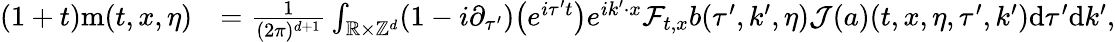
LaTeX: \begin{array}{rl}{(1+t)\mathrm{m}(t,x,\eta)}&{=\frac{1}{(2\pi)^{d+1}}\int_{\mathbb R\times\mathbb Z^{d}}(1-i\partial_{\tau^{\prime}})\big(e^{i\tau^{\prime}t}\big)e^{ik^{\prime}\cdot x}\mathcal{F}_{t,x}b(\tau^{\prime},k^{\prime},\eta)\mathcal{J}(a)(t,x,\eta,\tau^{\prime},k^{\prime})\mathrm{d}\tau^{\prime}\mathrm{d}k^{\prime},}\end{array}